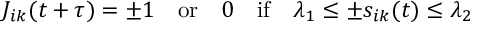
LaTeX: J _ { i k } ( t + \tau ) = \pm 1 \quad \mathrm { o r } \quad 0 \quad \mathrm { i f } \quad \lambda _ { 1 } \leq \pm s _ { i k } ( t ) \leq \lambda _ { 2 }